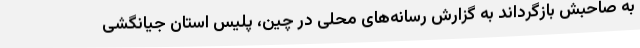
به صاحبش بازگرداند به گزارش رسانه‌های محلی در چین، پلیس استان جیانگشی